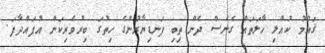
ޤައުމު ކުއްލި ހާލަތައް ގެނެސް ދެން ތިބި ފަނޑިޔާރުންގެ ހިތުގަ ބިރުވެރިކަން އުފައްދާފަ.